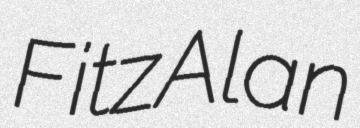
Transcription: FitzAlan